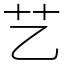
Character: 艺